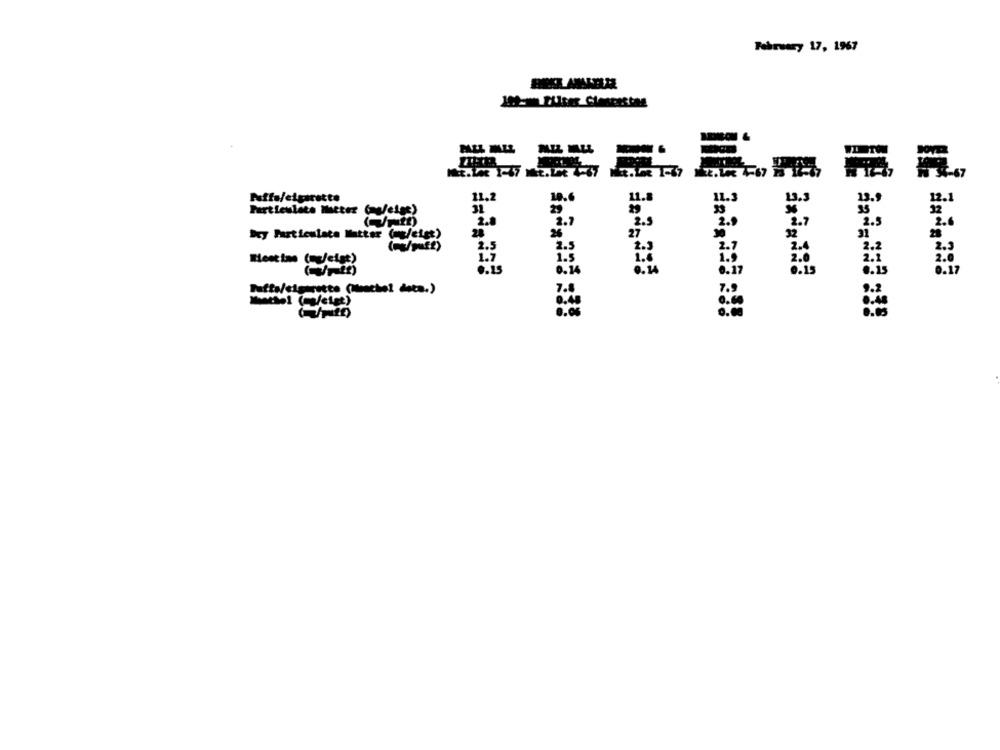
February 17, 1967
Puffe/eipirette
11.2
11.
11.3
13.3
13.9
12.1
Partieulate Ilstter (w/eige)
35
2.0
2.5
2.0
2.7
2.5
2.6
Dry Particulate Matter (=p/eigt)
28
27
2.5
Hoetime (refeigt)
LI
6.is
0.24
hafta/cigarette (Menchel dets.)
1.9
Menthol (mgfeigt)